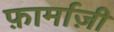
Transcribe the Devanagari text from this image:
फ़ार्माज़ी